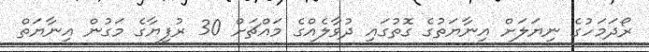
ރޯދަމަހުގެ ނިޔަލަށް އިނާޔަތުގެ ގޮތުގައި ދުވާލެއްގެ މައްޗަށް 30 ރުފިޔާގެ މަގުން އިނާޔަތް